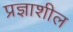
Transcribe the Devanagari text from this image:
प्रज्ञाशील